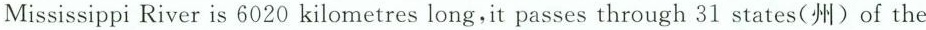
Mississippi River is 6020 kilometres long,it passes through 31 states(洲) of the